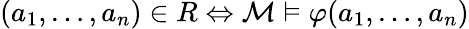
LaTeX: (a_{1},\ldots,a_{n})\in R\Leftrightarrow{\mathcal{M}}\vDash\varphi(a_{1},\ldots,a_{n})